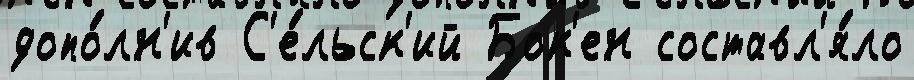
допо́лн'ив С'е́льск'ий Бок'ен составл'я́ло